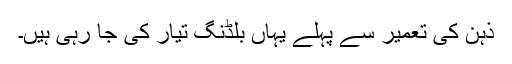
ذہن کی تعمیر سے پہلے یہاں بلڈنگ تیار کی جا رہی ہیں۔